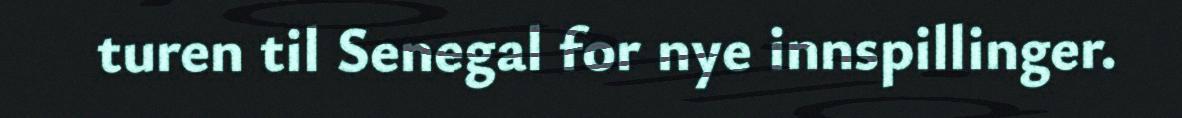
turen til Senegal for nye innspillinger.